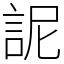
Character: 䛏